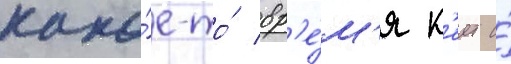
како́е-то́ вр'е́м'я к'еит и́